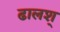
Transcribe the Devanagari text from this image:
ढालश्